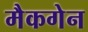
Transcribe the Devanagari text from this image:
मैकगेन